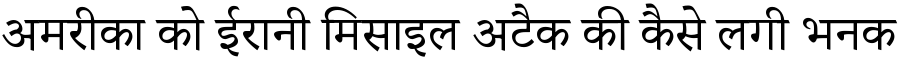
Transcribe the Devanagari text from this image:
अमरीका को ईरानी मिसाइल अटैक की कैसे लगी भनक